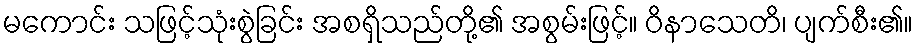
မကောင်း သဖြင့်သုံးစွဲခြင်း အစရှိသည်တို့၏ အစွမ်းဖြင့်။ ဝိနာသေတိ၊ ပျက်စီး၏။